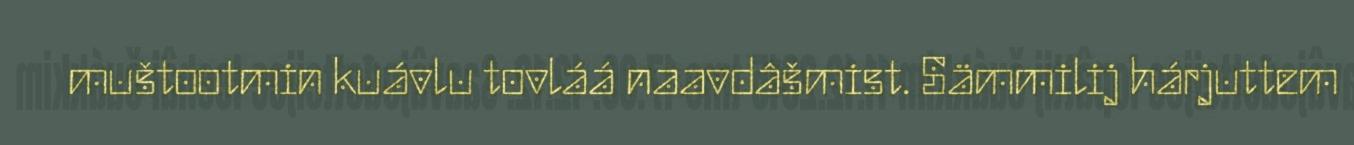
muštootmin kuávlu tovláá naavdâšmist. Sämmilij hárjuttem